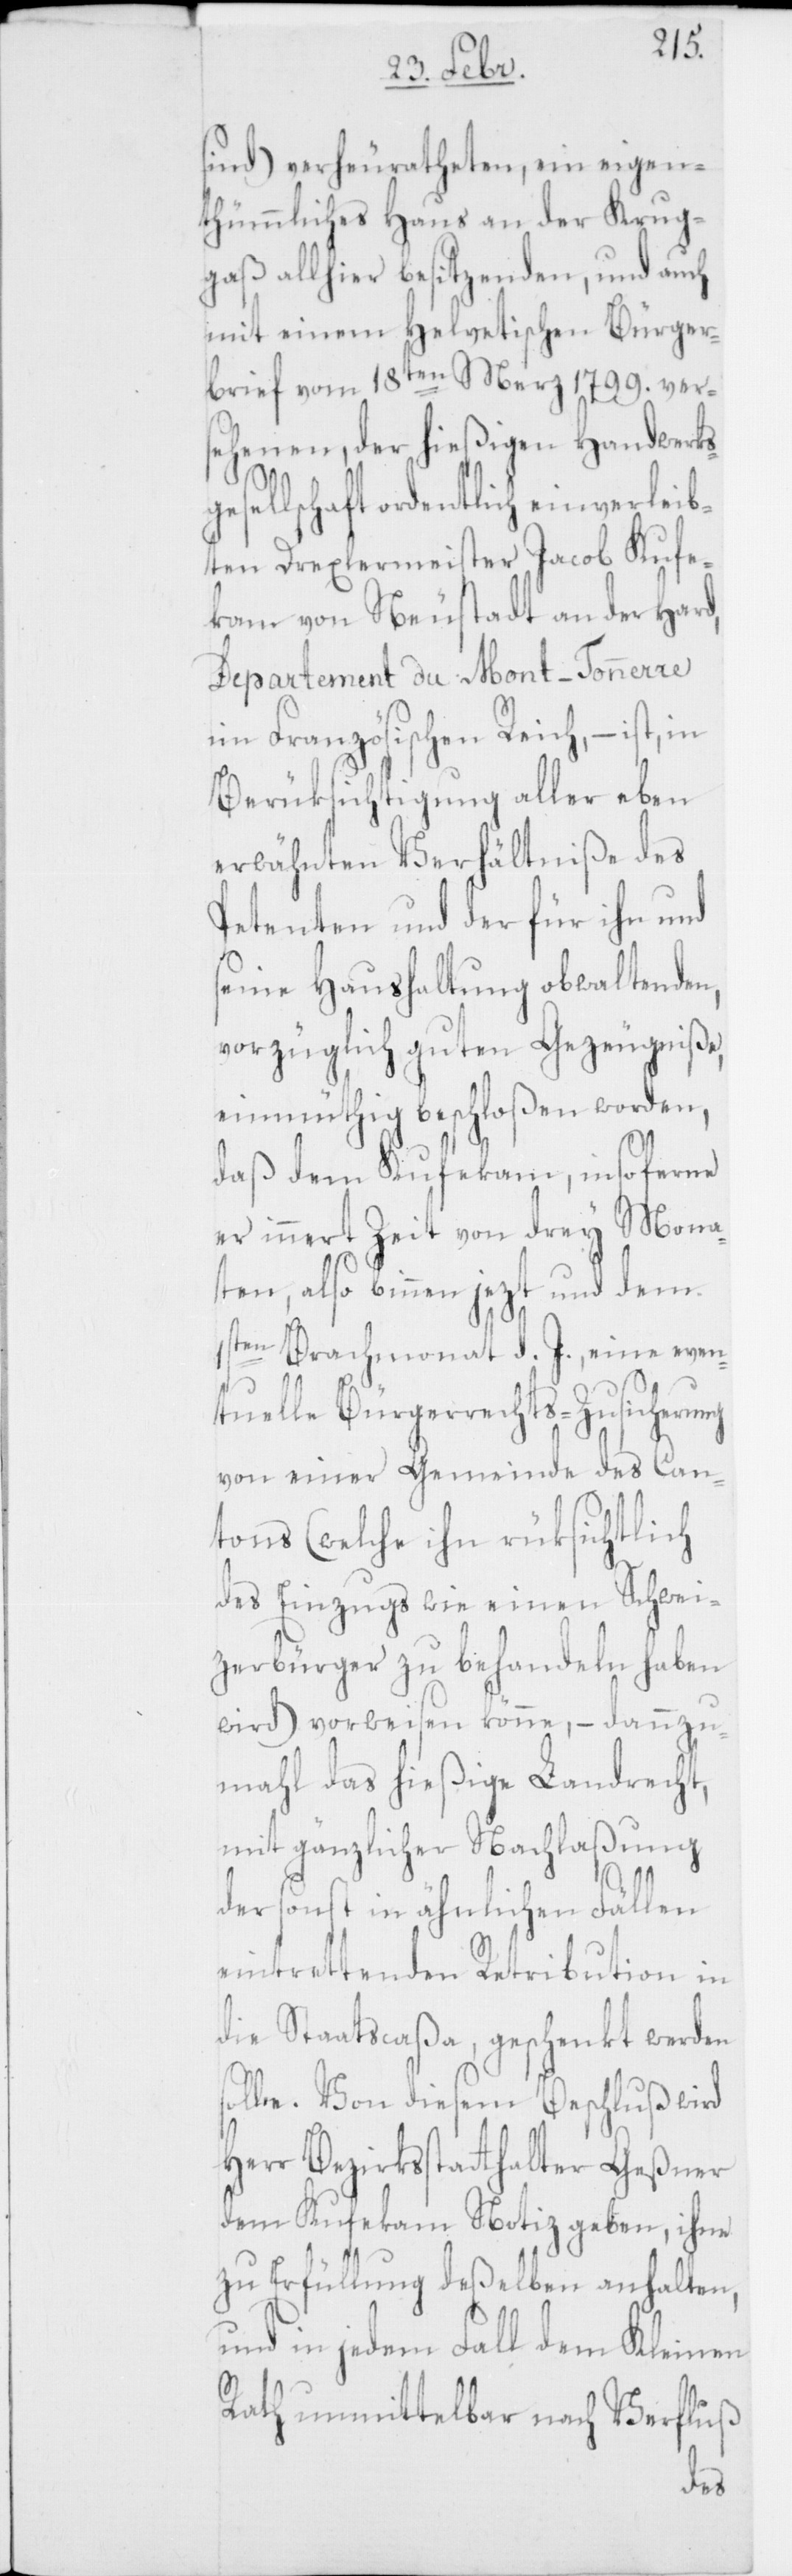
sind) verheuratheten, ein eigen¬
thümliches Haus an der Krug¬
gaß allhier besitzenden, und auch
mit einem Helvetischen Bürger¬
brief vom 18ten Merz 1799. ver¬
sehenen, der hießigen Handwerks¬
gesellschaft ordentlich einverleib¬
ten Drexlermeister Jacob Kufe¬
kam von Neustadt an der Hard,
Departement du Mont-Tonnerre
im Französischen Reich, – ist, in
Berüksichtigung aller eben
erwähnten Verhältniße des
Petenten und der für ihn und
seine Haushaltung obwaltenden,
vorzüglich guten Gezeugniße,
einmüthig beschloßen worden,
daß dem Kufekam, in so ferne
er innert Zeit von drey Mona¬
ten, also binnen jezt und dem
1ste¬
n Brachmonat d. J. eine even¬
tuelle Bürgerrechts-Zusicherung
von einer Gemeinde des Can¬
tons (welche ihn rüksichtlich
des Einzugs wie einen Schwei¬
zerbürger zu behandeln haben
wird) vorweisen könne, – dannzu¬
mahl das hießige Landrecht,
mit gänzlicher Nachlaßung
der sonst in ähnlichen Fällen
eintrettenden Retribution in
die Staatscaßa geschenkt werden
solle. Von diesem Beschluß wird
Herr Bezirksstatthalter Geßner
dem Kufekam Notiz geben, ihme
zu Erfüllung deßelben anhalten,
und in jedem Fall dem Kleinen
Rath unmittelbar nach Verfluß